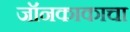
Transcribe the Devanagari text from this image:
जॉनकाकाचा